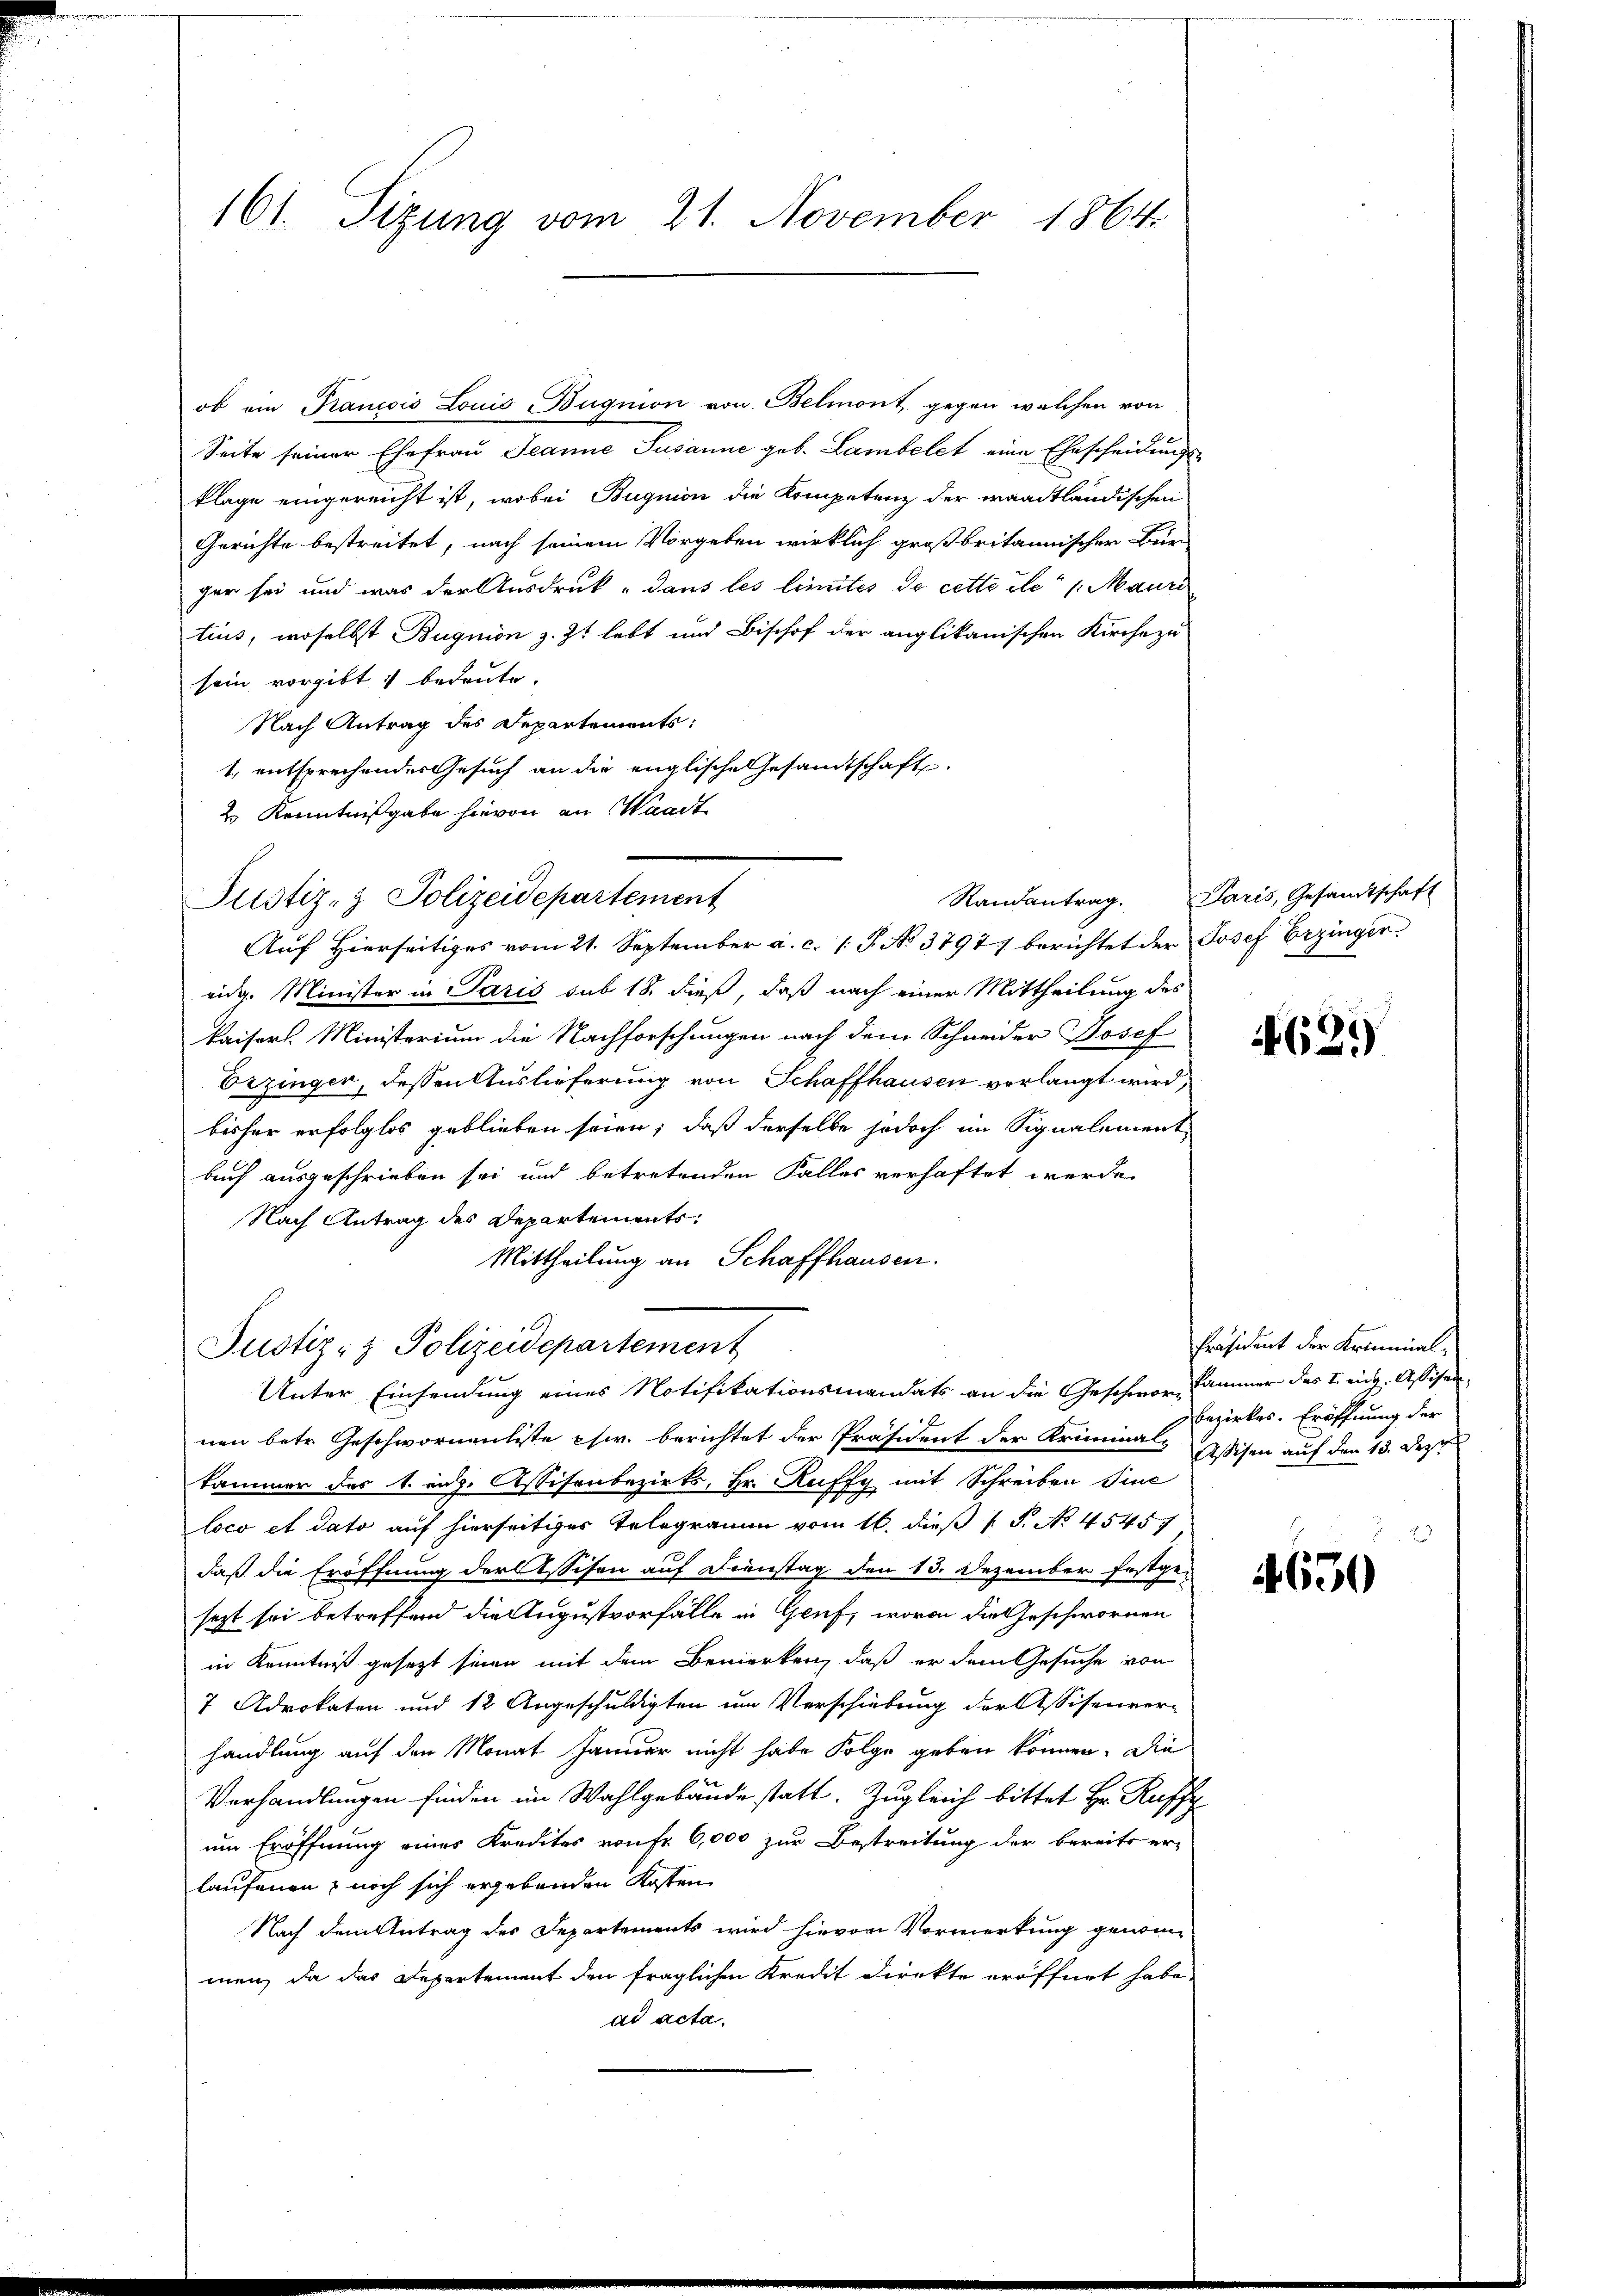
161. Sizung vom 21. November 1864

ob ein Francois Louis Bugnion von Belmont gegen welchen von
Seite seiner Ehefrau Jeanne Susanne geb. Lambelet eine Ehescheidungsklage eingereicht ist, wobei Buqnion die Kompetenz der waadtländischen
Gerichte bestreitet, nach seinem Vorgeben wirklich großbritannischer Bür
gar sei und was der Ausdruck „dans les limites de cette die 1. Mauri
tius, woselbst Bugnion z. Zt lebt und Bischof der anglikanischen Kirche zu
sein vorgibt & bedeute.
Nach Antrag des Departements:
1., entsprechender Gesuch an die englische Gesamtschaft
2. Kenntnißgabe hievon an Waadt
eidg. Minister in Paris sub 18. dieß, daß nach einer Mittheilung des
kaisers. Ministerium die Nachforschungen nach dem Schneider Josef
Erzinger, dessen Auslieferung von Schaffhausen verlangt wird,
bisher erfolglos geblieben seien; daß derselbe jedoch im Signalement
buch ausgeschrieben sei und betretenden Falles verhaftet werde.
Nach Antrag des Departements¬
Mittheilung an Schaffhausen.
Justiz- & Polizeidepartement
Unter Einsendung eines Notifikationsmandats an die Geschwor Cammer des I. eidg. Assisennen betr. Geschwornenliste chir. berichtet der Präsident der Kriminal-Assisen auf den 13. Dezt.
kammer das k. eng. Assisenbezirks, Hr. Ruffy mit Schreiben Sine
loco et dato auf hierseitiges Telegramm vom 16. dieß P. No. 4545
daß die Eröffnung der Assisen auf Dienstag den 13. Dezember festgesezt sei betreffend die Augustvorfälle in Genf, wovon die Geschwornen
in Kenntniß gesezt sinen mit dem Bemerken, daß er dem Gesuche von
7 Advokaten und 12 Angeschuldigten um Verschiebung der Assisenver-
handlung auf den Monat Januar nicht habe Folge geben können. Die
Verhandlungen finden im Wahlgebäude statt. Zugleich bittet Hr. Ruff
um Eröffnung eines Kredites von fr 6,000 zur Bestreitung der bereits er-
laufenen, noch sich ergebenden Kosten
Nach dem Antrag des Departements wird hievon Vormerkung genommen, da das Departement den fraglichen Kredit Direkte eröffnet habe.
ad acta.

Justiz- & Polizeidepartement
Auf Hierseitiges vom 21. September a. c. (T. No 3797) berichtet der Josef Erzinger

Randantrag. Paris, Gesandtschaft

4629

Präsident der Kriminal¬
Bezirkes. Eröffnung der

4630